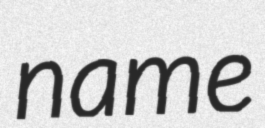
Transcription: name